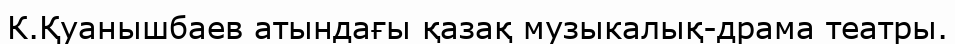
К.Қуанышбаев атындағы қазақ музыкалық-драма театры.